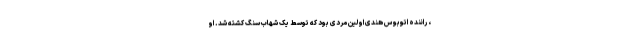
، راننده اتوبوس هندی اولین مردی بود که توسط یک شهاب سنگ کشته شد. او